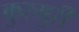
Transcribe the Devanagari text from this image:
कुरमुरी